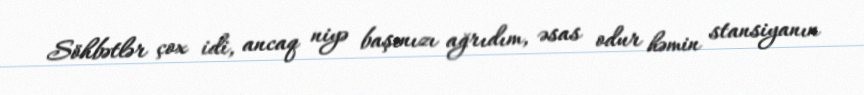
Söhbətlər çox idi, ancaq niyə başınızı ağrıdım, əsas odur həmin stansiyanın